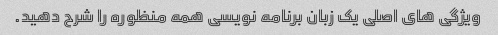
ویژگی های اصلی یک زبان برنامه نویسی همه منظوره را شرح دهید.